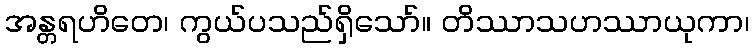
အန္တရဟိတေ၊ ကွယ်ပသည်ရှိသော်။ တိဿာသဟဿာယုကာ၊